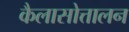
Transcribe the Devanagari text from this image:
कैलासोत्तालन